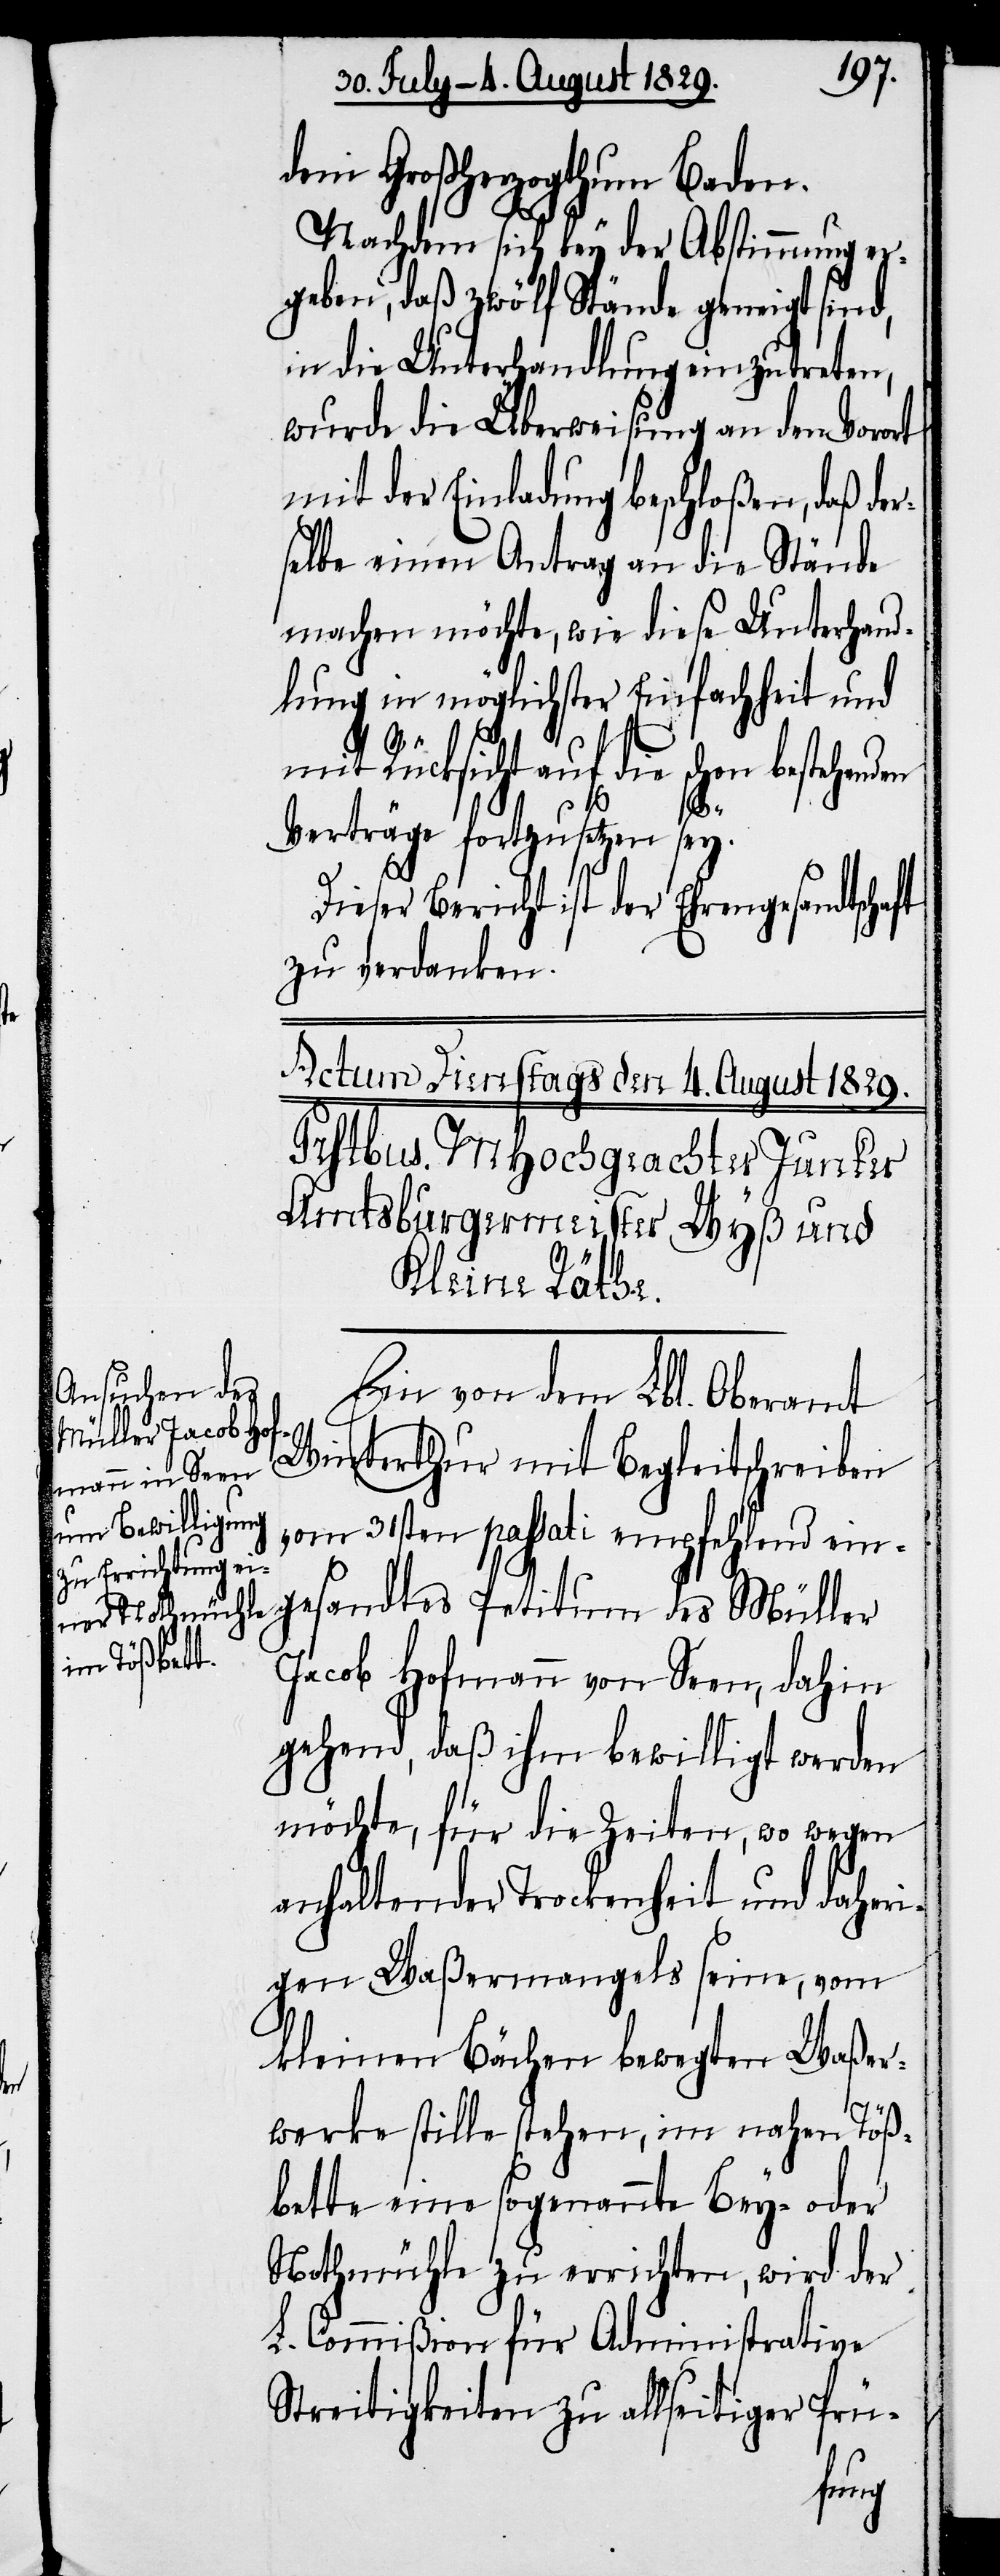
dem Großherzogthum Baden.
Nachdem sich bey der Abstimmung er¬
geben, daß zwölf Stände geneigt sind,
in die Unterhandlung einzutreten,
wurde die Überweisung an den Vorort
mit der Einladung beschloßen, daß der¬
selbe einen Antrag an die Stände
machen möchte, wie diese Unterhand¬
lungen in möglichster Einfachheit und
mit Rücksicht auf die schon
des
Verträge fortzusetzen sey.
zu verdanken.
Ein von dem Lbl. Oberamt
Winterthur mit Begleitschreiben
vom 31sten passati empfehlend ein¬
Jacob Hofmann von Seen, dahin
gehend, daß ihm bewilligt werden
möchte, für die Zeiten, wo wegen
anhaltender Trockenheit und daheri¬
gen Waßermangels seine, vom
kleinen Bächen bewegten Waßer¬
werke stille stehen, im nahen Töß¬
bette eine sogenannte Bey- oder
Nothmühle zu errichten, wird der
L. Commißion für Administrative
Streitigkeiten zu allseitiger Prü-